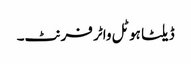
ڈیلٹا ہوٹل واٹر فرنٹ۔